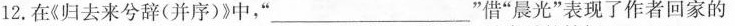
12.在《归去来兮辞(并序)》中，”___”借”晨光”表现了作者回家的